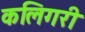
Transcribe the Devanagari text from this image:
कलिगरी